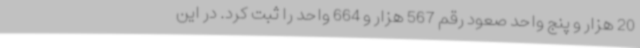
20 هزار و پنج واحد صعود رقم 567 هزار و 664 واحد را ثبت کرد. در این